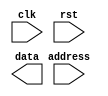
module read_data(
    input wire clk,
    input wire rst,
    input wire [31:0] address,
    output reg [31:0] data
);

// Implementation logic for reading data from memory block
// (to be filled in with actual implementation)

endmodule